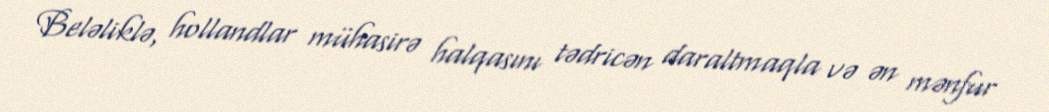
Beləliklə, hollandlar mühasirə halqasını tədricən daraltmaqla və ən mənfur